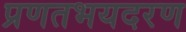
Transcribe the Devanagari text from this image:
प्रणतभयदरण